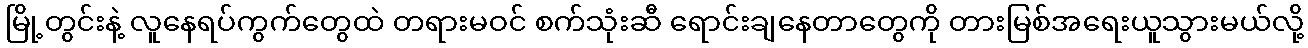
မြို့တွင်းနဲ့ လူနေရပ်ကွက်တွေထဲ တရားမဝင် စက်သုံးဆီ ရောင်းချနေတာတွေကို တားမြစ်အရေးယူသွားမယ်လို့